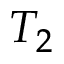
T _ { 2 }